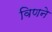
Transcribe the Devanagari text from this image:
विणने